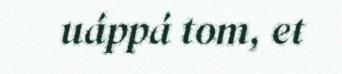
uáppá tom, et